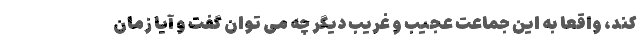
کند، واقعاً به این جماعت عجیب و غریب دیگر چه می توان گفت و آیا زمان